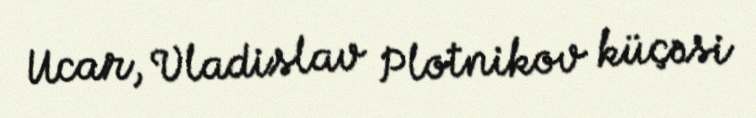
Ucar, Vladislav Plotnikov küçəsi